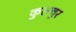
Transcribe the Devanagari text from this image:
कुलचुर